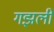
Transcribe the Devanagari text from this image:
गझली